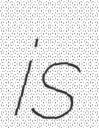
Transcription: is